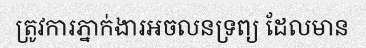
ត្រូវការភ្នាក់ងារអចលនទ្រព្យ ដែលមាន